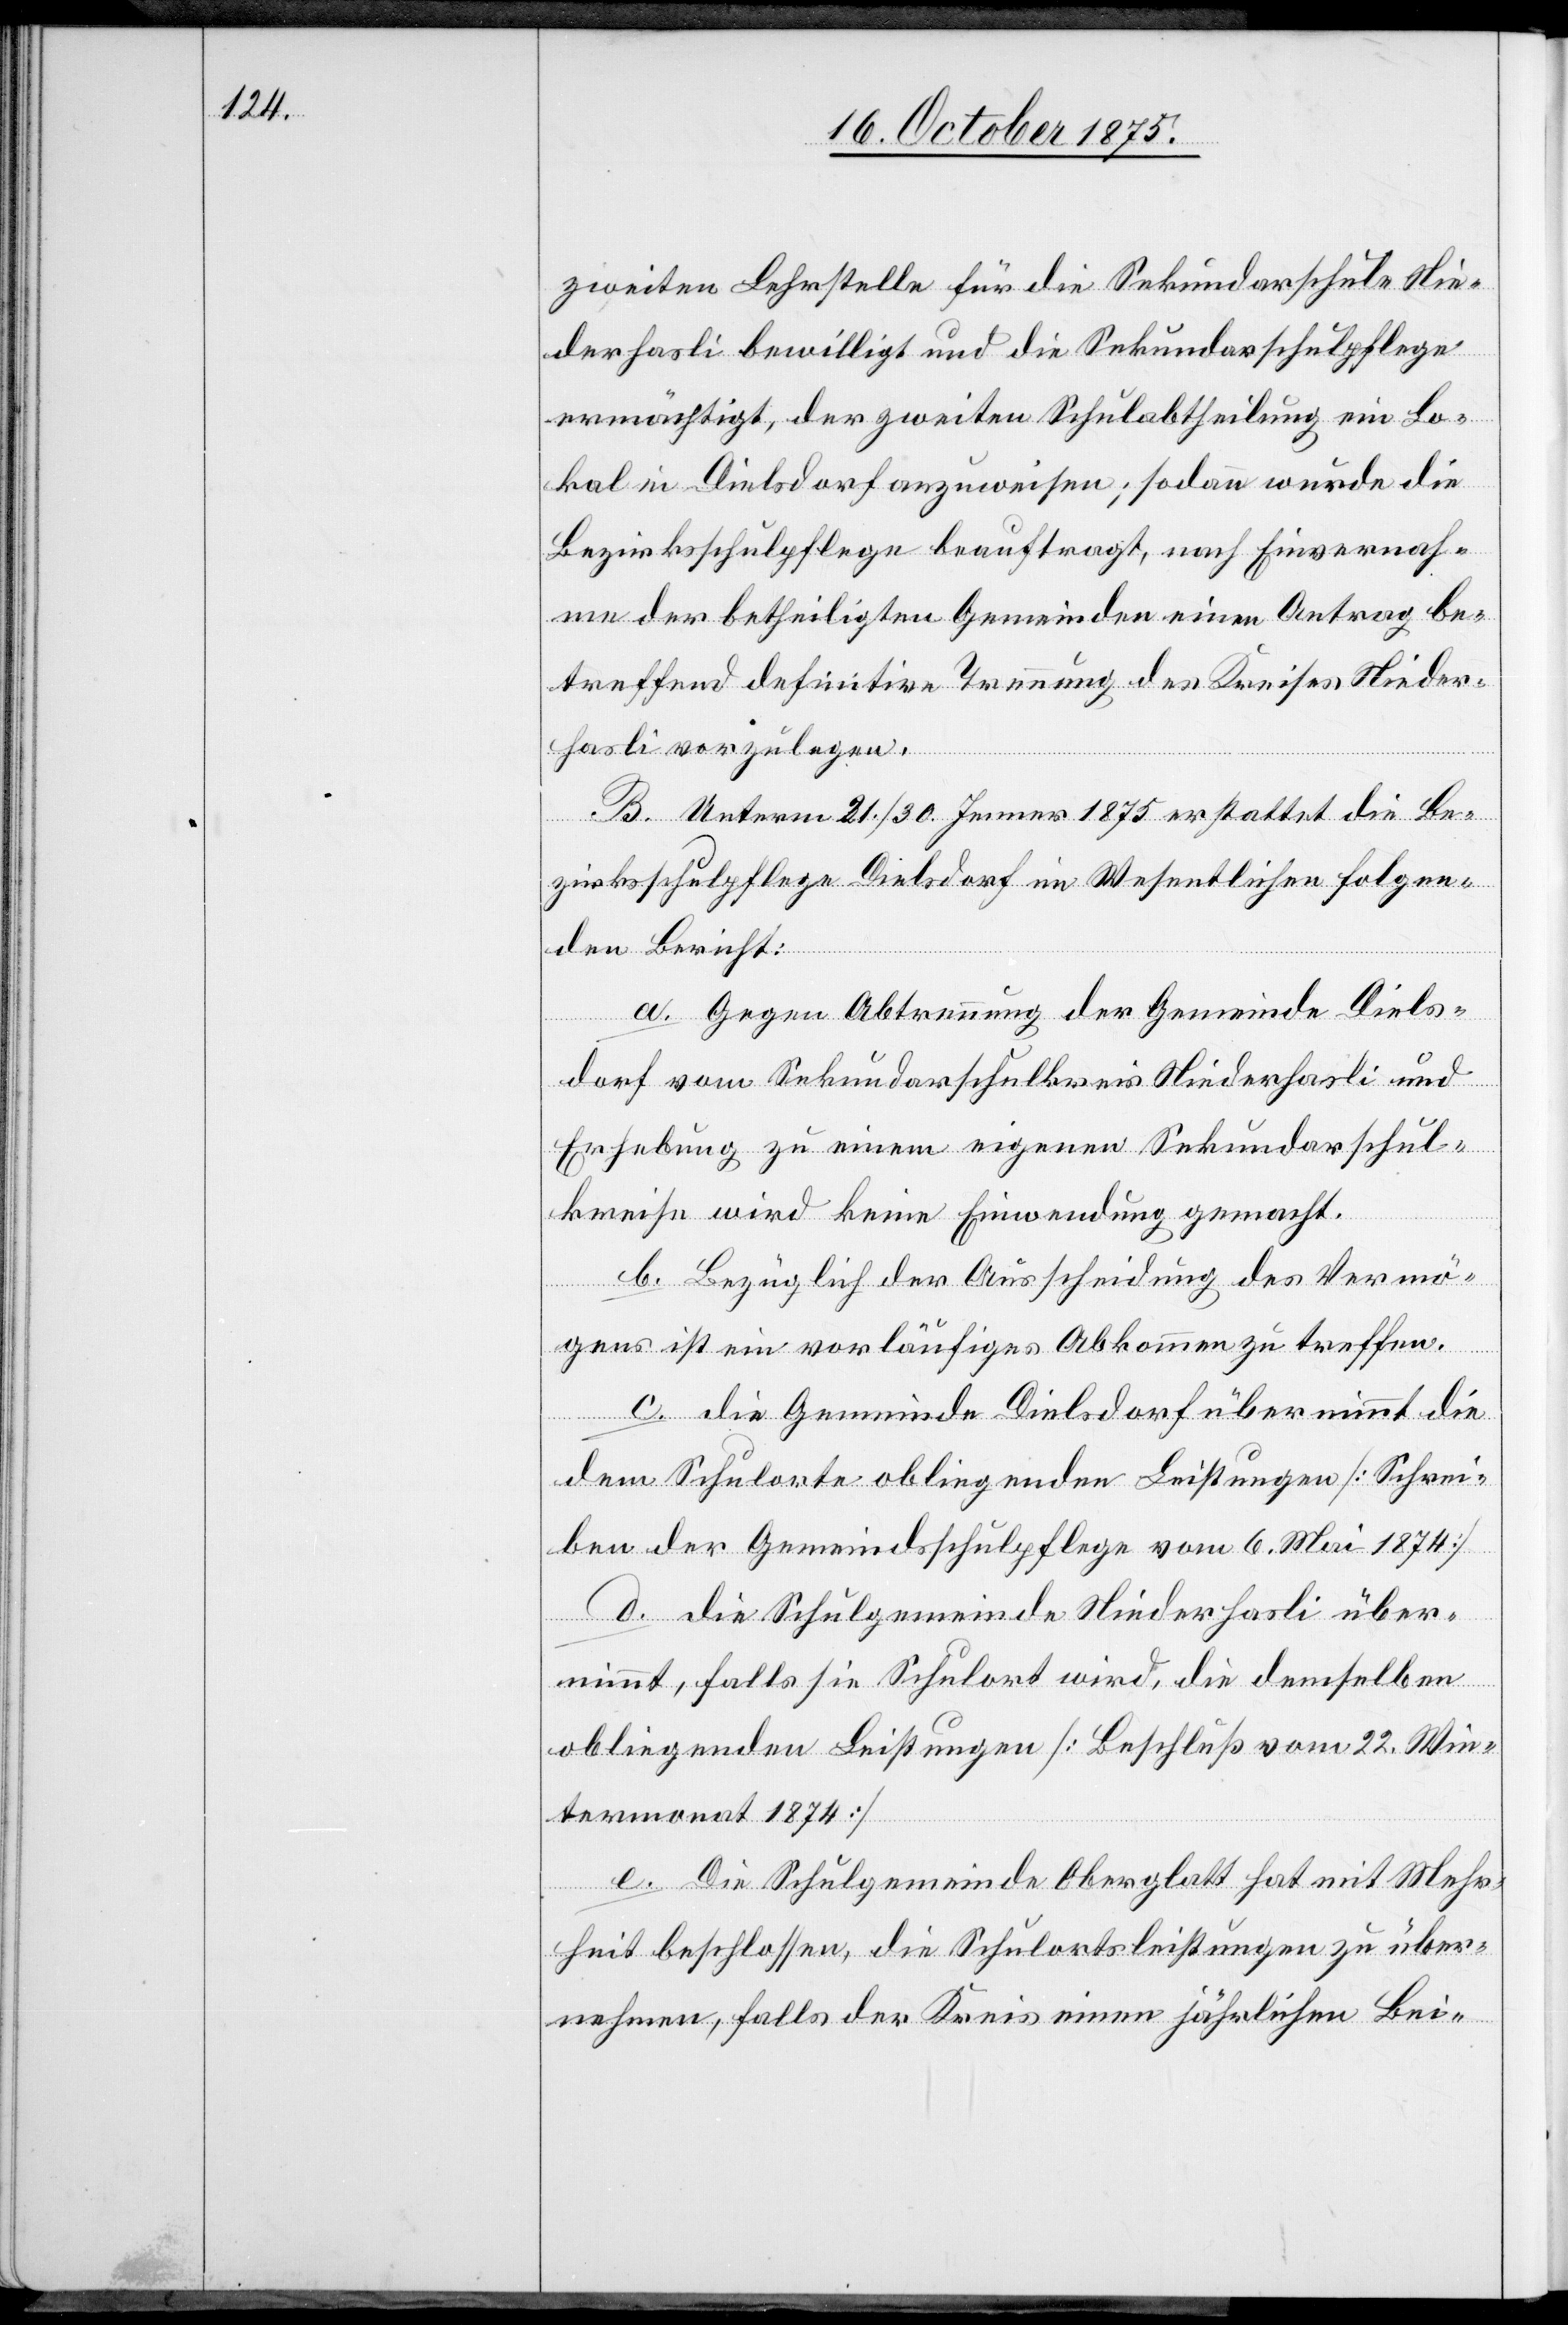
zweiten Lehrstelle für die Sekundarschule Nie¬
derhasli bewilligt und die Sekundaschulpflege
ermächtigt, der zweiten Schulabtheilung ein Lo¬
kal in Dielsdorf anzuweisen; sodann wurde die
Bezirksschulpflege beauftragt, nach Einvernah¬
me der betheiligten Gemeinden einen Antrag be¬
treffend definitive Trennung des Kreises Nieder¬
hasli vorzulegen.
B. Unterm 21./30. Jenner 1875 erstattet die Be¬
zirksschulpflege Dielsdorf im Wesentlichen folgen¬
den Bericht:
a. Gegen Abtrennung der Gemeinde Diels¬
dorf vom Sekundarschulkreis Niederhasli und
Erhebung zu einem eigenen Sekundaschul¬
kreise wird keine Einwendung gemacht.
b. Bezüglich der Ausscheidung des Vermö¬
gens ist ein vorläufiges Abkommen zu treffen.
c. die Gemeinde Dielsdorf übernimmt die
dem Schulorte obliegenden Leistungen [Schrei¬
ben der Gemeindsschulpflege vom 6. Mai 1874]
d. die Schulgemeinde Niederhasli über¬
nimmt, falls sie Schulort wird, die demselben
obliegenden Leistungen [Beschluß vom 22. Win¬
termonat 1874]
e. Die Schulgemeinde Oberglatt hat mit Mehr¬
heit beschlossen, die Schulortsleistungen zu über¬
nehmen, falls der Kreis einen jährlichen Bei-